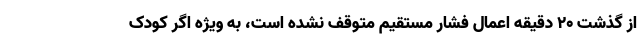
از گذشت 20 دقیقه اعمال فشار مستقیم متوقف نشده است، به ویژه اگر کودک